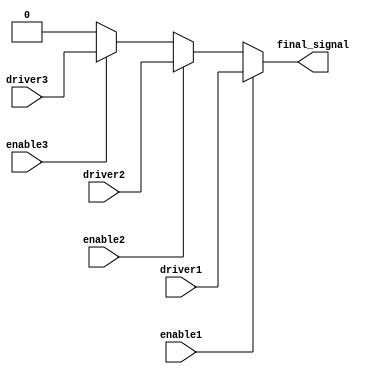
module multiple_drivers (
    input wire driver1,  // First driver input
    input wire driver2,  // Second driver input
    input wire driver3,  // Third driver input
    input wire enable1,   // Enable signal for driver1
    input wire enable2,   // Enable signal for driver2
    input wire enable3,   // Enable signal for driver3
    output wire final_signal // Output signal driven by multiple drivers
);

// Internal wire to hold the resolved value
wire resolved_signal;

// Priority encoding logic
assign resolved_signal = (enable1) ? driver1 : 
                         (enable2) ? driver2 : 
                         (enable3) ? driver3 : 
                         1'b0; // Default value if no driver is enabled

// Continuous assignment to the final signal
assign final_signal = resolved_signal;

endmodule